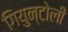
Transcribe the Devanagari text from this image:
गियुन्टोली